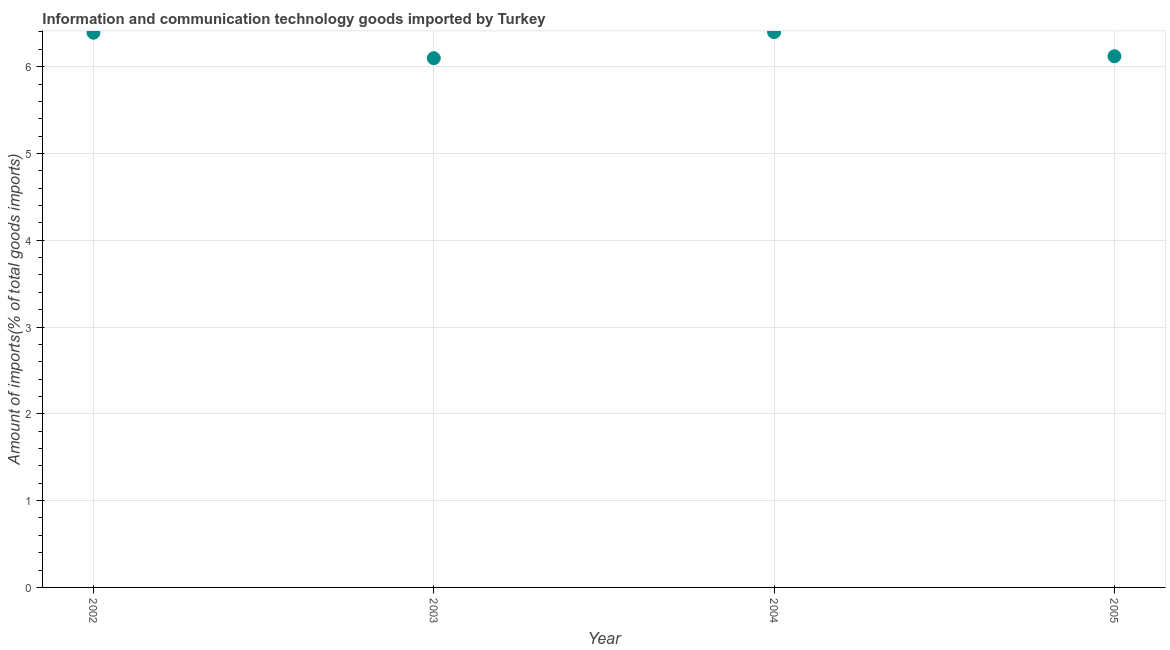
| Year | ICT goods imports |
 | --- | --- |
 | 2002 | 6.39 |
 | 2003 | 6.1 |
 | 2004 | 6.4 |
 | 2005 | 6.12 |